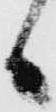
候